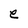
Character: e